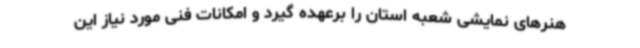
هنرهای نمایشی شعبه استان را برعهده گیرد و امکانات فنی مورد نیاز این